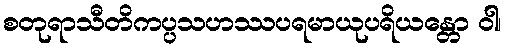
စတုရာသီတိကပ္ပသဟဿပရမာယုပရိယန္တော ဝါ၊